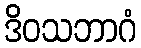
ဒိဝသဘာဂံ